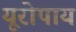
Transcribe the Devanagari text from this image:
यूरोपाय